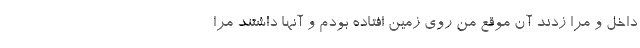
داخل و مرا زدند آن موقع من روی زمین افتاده بودم و آنها داشتند مرا